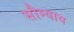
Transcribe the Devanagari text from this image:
सौम्याय